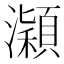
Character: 𤃡